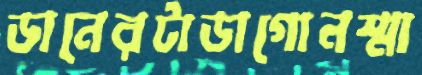
ডানেরটাডাগোনস্মা